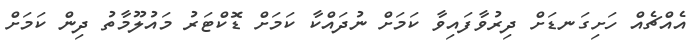
އެއްޗެއް ހަށިގަނޑަށް ދިރުވާފައިވާ ކަމަށް ނުދައްކާ ކަމަށް ޑޮކްޓަރު މައުލޫމާތު ދިން ކަމަށް